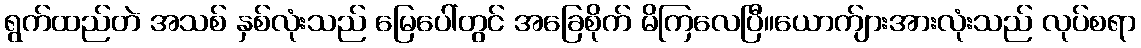
ရွက်ထည်တဲ အသစ် နှစ်လုံးသည် မြေပေါ်တွင် အခြေစိုက် မိကြလေပြီ။ယောက်ျားအားလုံးသည် လုပ်စရာ